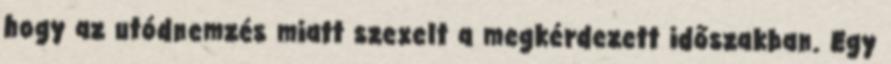
hogy az utódnemzés miatt szexelt a megkérdezett időszakban. Egy